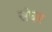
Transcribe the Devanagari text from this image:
संघर